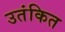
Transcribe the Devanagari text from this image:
उतंकित